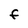
Character: F